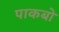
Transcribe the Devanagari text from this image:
पाकबो